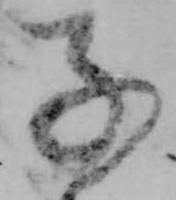
子